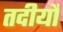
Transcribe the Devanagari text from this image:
तदीयौ